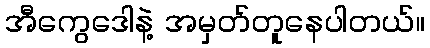
အီကွေဒေါနဲ့ အမှတ်တူနေပါတယ်။